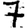
Digit: 7